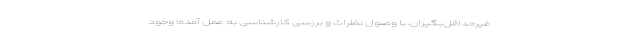
غیرحداقل‌بگیران، با وصول نظرات و بررسی کارشناسی به عمل آمده؛ وجود